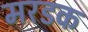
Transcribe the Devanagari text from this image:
मरडक